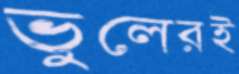
ভুলেরই